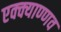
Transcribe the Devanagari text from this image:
एक्क्याण्णव